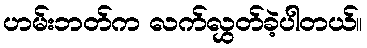
ဟမ်းဘတ်က လက်လွှတ်ခဲ့ပါတယ်။